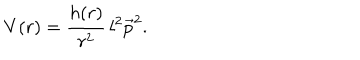
V ( r ) = \frac { h ( r ) } { r ^ { 2 } } \, l ^ { 2 } \vec { p } ^ { 2 } .